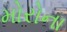
મોરોના